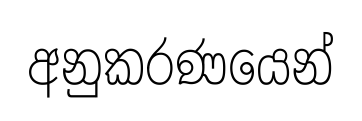
අනුකරණයෙන්